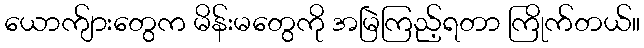
ယောက်ျားတွေက မိန်းမတွေကို အမြဲကြည့်ရတာ ကြိုက်တယ်။